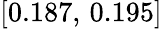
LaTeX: [0.187,\, 0.195]